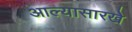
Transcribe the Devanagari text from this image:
आल्‍यासारखे